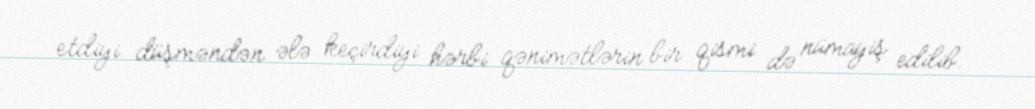
etdiyi düşməndən ələ keçirdiyi hərbi qənimətlərin bir qismi də nümayiş edilib.